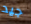
جيد